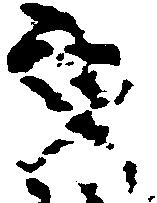
文